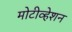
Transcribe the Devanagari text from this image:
मोटीव्हेशन